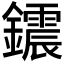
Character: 𨯂